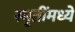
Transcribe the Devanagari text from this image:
स्मृतींमध्ये